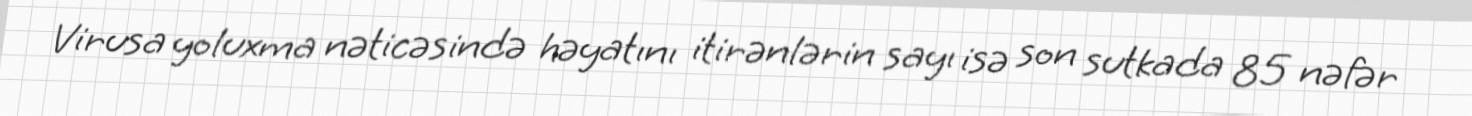
Virusa yoluxma nəticəsində həyatını itirənlərin sayı isə son sutkada 85 nəfər